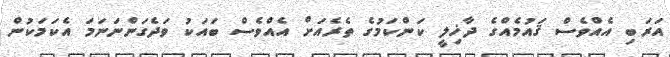
އަރަބި އެއްވެސް ޤައުމެއްގެ ދާޚިލީ ކަންކަމުގެ ތެރެއަށް އެއްވެސް ބައަކު ވަދެގަންނަނަމަ އެކަމަކުން